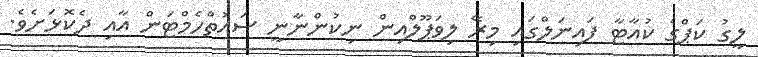
ލީގު ކަޕްގެ ކުއާޓާ ފައިނަލްގައި މިރޭ ލިވަޕޫލްއިން ނިކުންނާނީ ސައުތްހެމްޓަން އާއި ދެކޮޅަށެވެ.